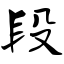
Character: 段